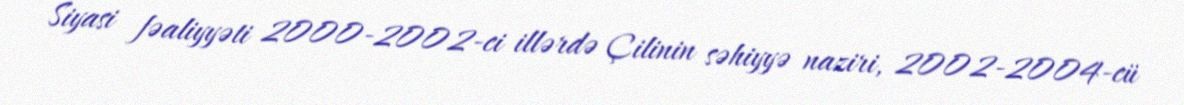
Siyasi fəaliyyəti 2000-2002-ci illərdə Çilinin səhiyyə naziri, 2002-2004-cü